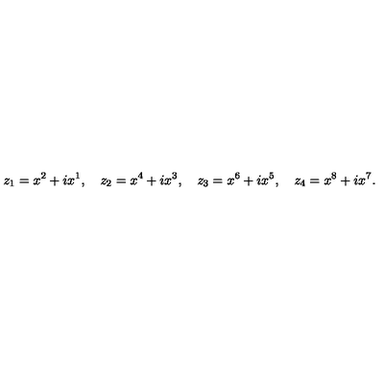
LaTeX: z _ { 1 } = x ^ { 2 } + i x ^ { 1 } , \quad z _ { 2 } = x ^ { 4 } + i x ^ { 3 } , \quad z _ { 3 } = x ^ { 6 } + i x ^ { 5 } , \quad z _ { 4 } = x ^ { 8 } + i x ^ { 7 } .